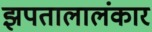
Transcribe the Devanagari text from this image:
झपतालालंकार